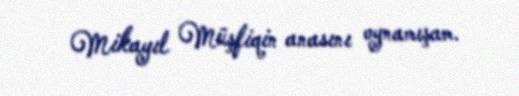
Mikayıl Müşfiqin anasını oynamışam.